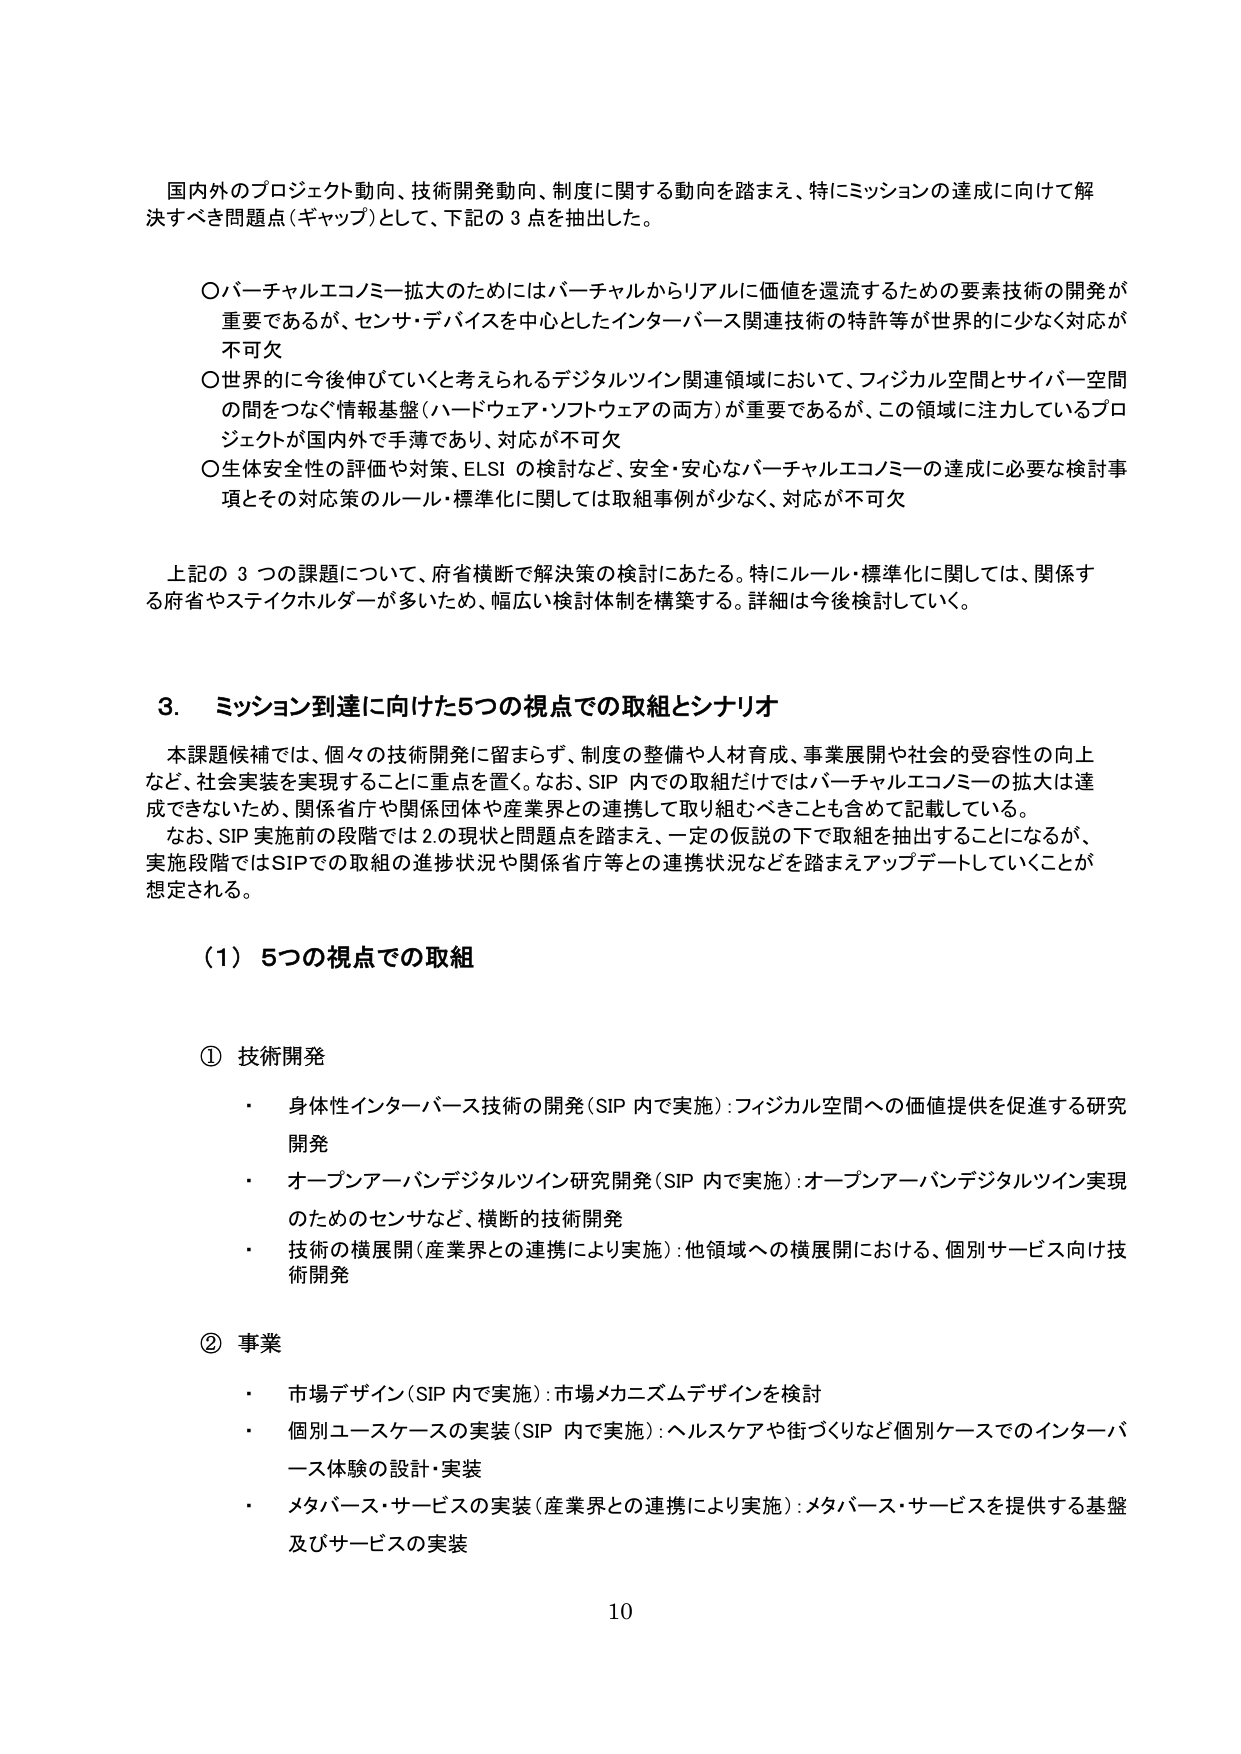
国内外のプロジェクト動向、技術開発動向、制度に関する動向を踏まえ、特にミッションの達成に向けて解決すべき問題点（ギャップ）として、下記の３点を抽出した。

○ バーチャルエコノミー拡大のためにはバーチャルからリアルに価値を還流するための要素技術の開発が重要であるが、センサ・デバイスを中心としたインターバース関連技術の特許等が世界的に少なく対応が不可欠

○ 世界的に今後伸びていくと考えられるデジタルツイン関連領域において、フィジカル空間とサイバー空間の間をつなぐ情報基盤（ハードウェア・ソフトウェアの両方）が重要であるが、この領域に注力しているプロジェクトが国内外で手薄であり、対応が不可欠

○ 生体安全性の評価や対策、ELSI の検討など、安全・安心なバーチャルエコノミーの達成に必要な検討事項とその対応策のルール・標準化に関しては取組事例が少なく、対応が不可欠

上記の３つの課題について、府省横断で解決策の検討にあたる。特にルール・標準化に関しては、関係する府省やステイクホルダーが多いため、幅広い検討体制を構築する。詳細は今後検討していく。

3. ミッション到達に向けた5つの視点での取組とシナリオ

本課題候補では、個々の技術開発に留まらず、制度の整備や人材育成、事業展開や社会的受容性の向上など、社会実装を実現することに重点を置く。なお、SIP 内での取組だけではバーチャルエコノミーの拡大は達成できないため、関係省庁や関係団体や産業界との連携して取り組むべきことも含めて記載している。

なお、SIP 実施前の段階では2の現状と問題点を踏まえ、一定の仮説の下で取組を抽出することになるが、実施段階ではSIPでの取組の進捗状況や関係省庁等との連携状況などを踏まえアップデートしていくことが想定される。

（1）5つの視点での取組

① 技術開発
・ 身体性インターバース技術の開発（SIP 内で実施）：フィジカル空間への価値提供を促進する研究開発
・ オープンアーバンデジタルツイン研究開発（SIP 内で実施）：オープンアーバンデジタルツイン実現のためのセンサなど、横断的技術開発
・ 技術の横展開（産業界との連携により実施）：他領域への横展開における、個別サービス向け技術開発

② 事業
・ 市場デザイン（SIP 内で実施）：市場メカニズムデザインを検討
・ 個別ユースケースの実装（SIP 内で実施）：ヘルスケアや街づくりなど個別ケースでのインターバース体験の設計・実装
・ メタバース・サービスの実装（産業界との連携により実施）：メタバース・サービスを提供する基盤及びサービスの実装

10